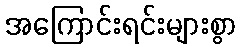
အကြောင်းရင်းများစွာ